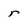
Character: r